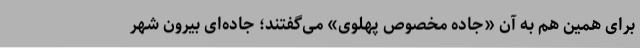
برای همین هم به آن «جاده مخصوص پهلوی» می‌گفتند؛ جاده‌ای بیرون شهر